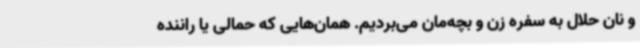
و نان حلال به سفره زن و بچه‌مان می‌بردیم. همان‌هایی که حمالی یا راننده